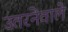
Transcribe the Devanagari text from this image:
उतरनेवाले